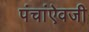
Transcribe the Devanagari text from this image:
पंचांऐवजी